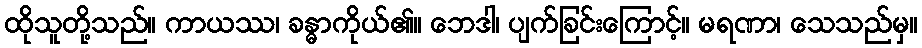
ထိုသူတို့သည်။ ကာယဿ၊ ခန္ဓာကိုယ်၏။ ဘေဒါ၊ ပျက်ခြင်းကြောင့်။ မရဏာ၊ သေသည်မှ။